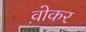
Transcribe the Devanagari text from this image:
व़ोकर